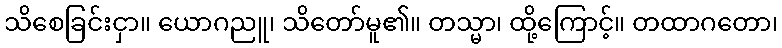
သိစေခြင်းငှာ။ ယောဂညူ၊ သိတော်မူ၏။ တသ္မာ၊ ထို့ကြောင့်။ တထာဂတော၊